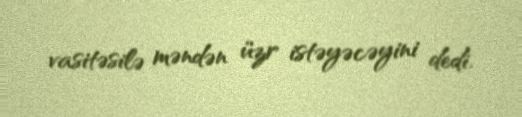
vasitəsilə məndən üzr istəyəcəyini dedi.